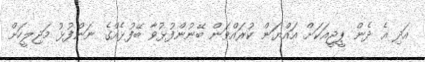
އަދި އެ ދެން ޕީޖީއަކަށް އައްޔަން ކުރައްވަން ބޭނުންފުޅުވާ ބޭފުޅެއްގެ ނަންފުޅު މަޖިލީހަށް